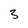
Character: 3